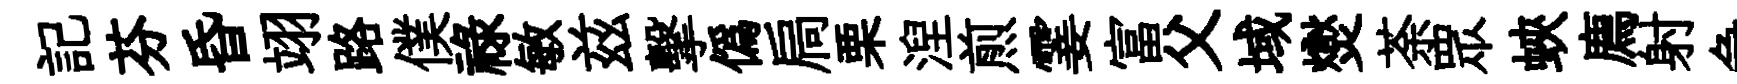
記芬昏翊路僕祿敏兹擊僞扃栗湼煎霎富父域爕荼眾蛺廌射急